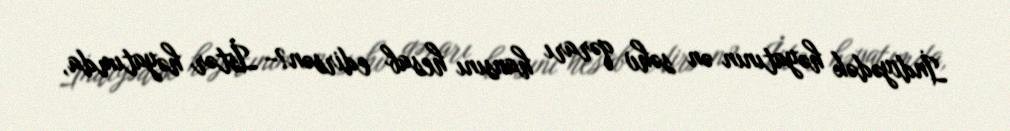
İndiyədək həyatının ən səhv qərarı hansını hesab edirsən?– İstər həyatımda,